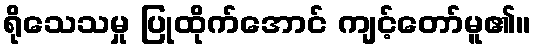
ရိုသေသမှု ပြုထိုက်အောင် ကျင့်တော်မူ၏။